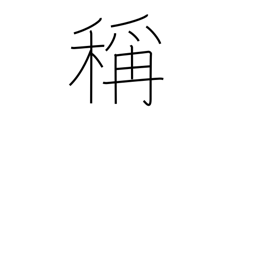
Meaning: brand